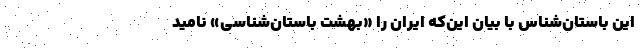
این باستان‌شناس با بیان این‌که ایران را «بهشت باستان‌شناسی» نامید